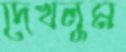
দেখলুম